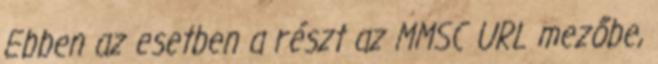
Ebben az esetben a részt az MMSC URL mezőbe,